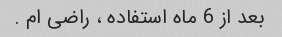
بعد از 6 ماه استفاده ، راضی ام .